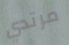
مرتدي